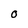
Character: O